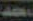
احد